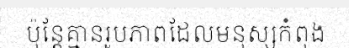
ប៉ុន្តែគ្មានរូបភាពដែលមនុស្សកំពុង